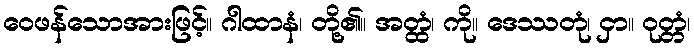
ဝေဖန်သောအားဖြင့်။ ဂါထာနံ၊ တို့၏။ အတ္ထံ၊ ကို။ ဒေဿတုံ၊ ငှာ။ ဝုတ္တံ၊